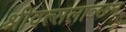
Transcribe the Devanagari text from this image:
श्रीवत्सलाञ्छन